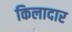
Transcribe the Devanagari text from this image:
किलादार